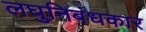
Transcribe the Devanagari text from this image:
लघुनिबंधकार